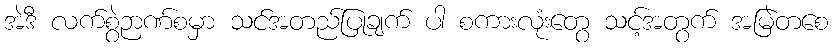
အဲဒီ လက်စွဲဉာဏ်စမှာ သင်အတည်ပြုချက် ပါ စကားလုံးတွေ သင့်အတွက် အမြဲတစေ